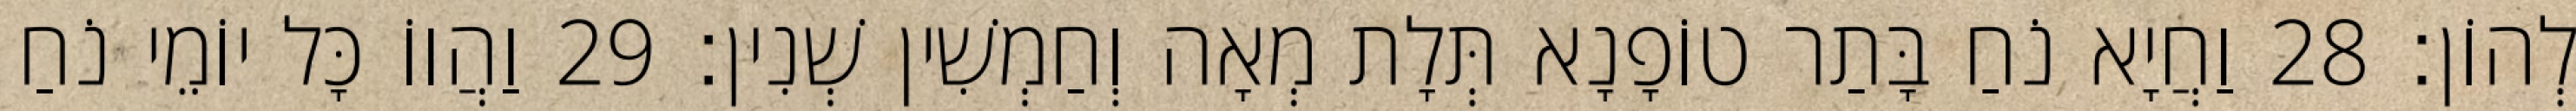
לְהוֹן׃ 28 וַחֲיָא נֹחַ בָּתַר טוֹפָנָא תְּלָת מְאָה וְחַמְשִׁין שְׁנִין׃ 29 וַהֲווֹ כָּל יוֹמֵי נֹחַ